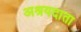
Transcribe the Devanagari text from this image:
अश्रयदाता